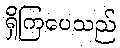
ရှိကြပေသည်